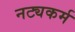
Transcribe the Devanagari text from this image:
नट्यकर्म